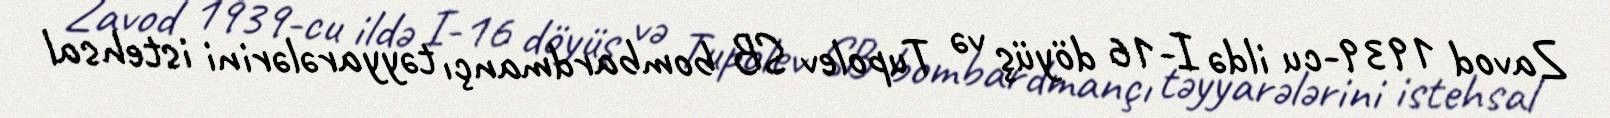
Zavod 1939-cu ildə I-16 döyüş və Tupolev SB bombardmançı təyyarələrini istehsal